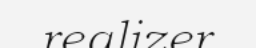
realizer